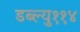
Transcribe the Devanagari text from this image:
डब्ल्यु११४